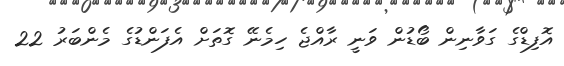
އޮފިޑްގެ ގަވާނިން ބޯޑުން ވަނީ ރާއްޖެ ހިމެނޭ ގޮތަށް އެފަންޑުގެ މެންބަރު 22